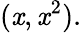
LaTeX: (\mathit{x},\mathit{x}^{2}).